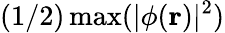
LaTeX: (1/2)\operatorname*{max}(|\phi(\mathbf{r})|^{2})